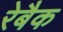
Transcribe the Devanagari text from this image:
रेबैक